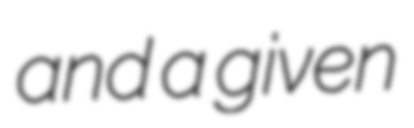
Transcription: and a given